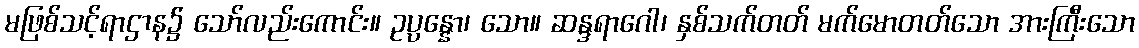
မဖြစ်သင့်ရာဌာန၌ သော်လည်းကောင်း။ ဥပ္ပန္နော၊ သော။ ဆန္ဒရာဂေါ၊ နှစ်သက်တတ် မက်မောတတ်သော အားကြီးသော